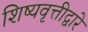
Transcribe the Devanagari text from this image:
शिष्यवृत्तीद्वारे